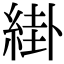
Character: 𦁊